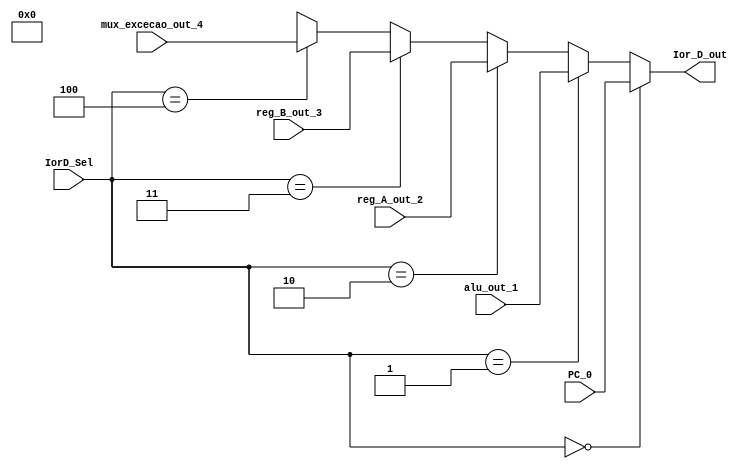
module mux_Ior_D(
    input wire [2:0] IorD_Sel,
    input wire [31:0] PC_0, alu_out_1, reg_A_out_2, reg_B_out_3, mux_excecao_out_4,
    output wire [31:0] Ior_D_out
);
    
    
    assign Ior_D_out   = (IorD_Sel == 3'b000) ?  PC_0:
                             (IorD_Sel == 3'b001) ?  alu_out_1:
                             (IorD_Sel == 3'b010) ?  reg_A_out_2:
                             (IorD_Sel == 3'b011) ?  reg_B_out_3:
                             (IorD_Sel == 3'b100) ?  mux_excecao_out_4:
                             3'bX;


endmodule